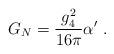
LaTeX: \begin{align*}G_N = \frac{g_4^2}{16\pi}\alpha'\ .\end{align*}